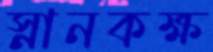
স্নানকক্ষ